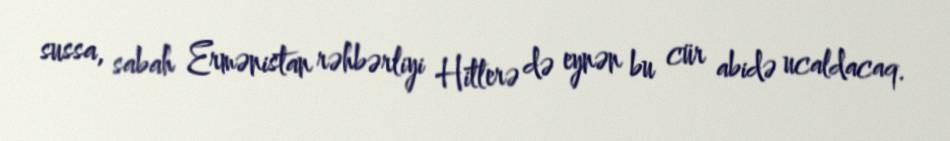
sussa, sabah Ermənistan rəhbərliyi Hitlerə də eynən bu cür abidə ucaldacaq.